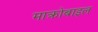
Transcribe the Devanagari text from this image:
माक्रोबाइल